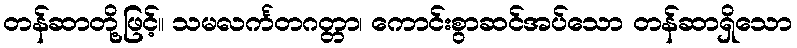
တန်ဆာတို့ဖြင့်။ သမလင်္ကတဂတ္တာ၊ ကောင်းစွာဆင်အပ်သော တန်ဆာရှိသော